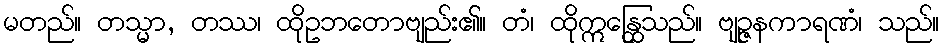
မတည်။ တသ္မာ, တဿ၊ ထိုဥဘတောဗျည်း၏။ တံ၊ ထိုဣန္ထြေသည်။ ဗျဉ္ဇနကာရဏံ၊ သည်။